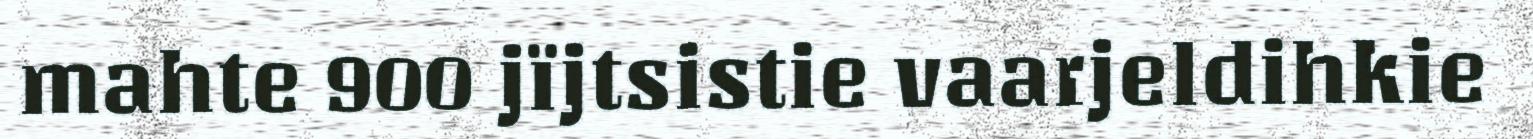
mahte 900 jïjtsistie vaarjeldihkie